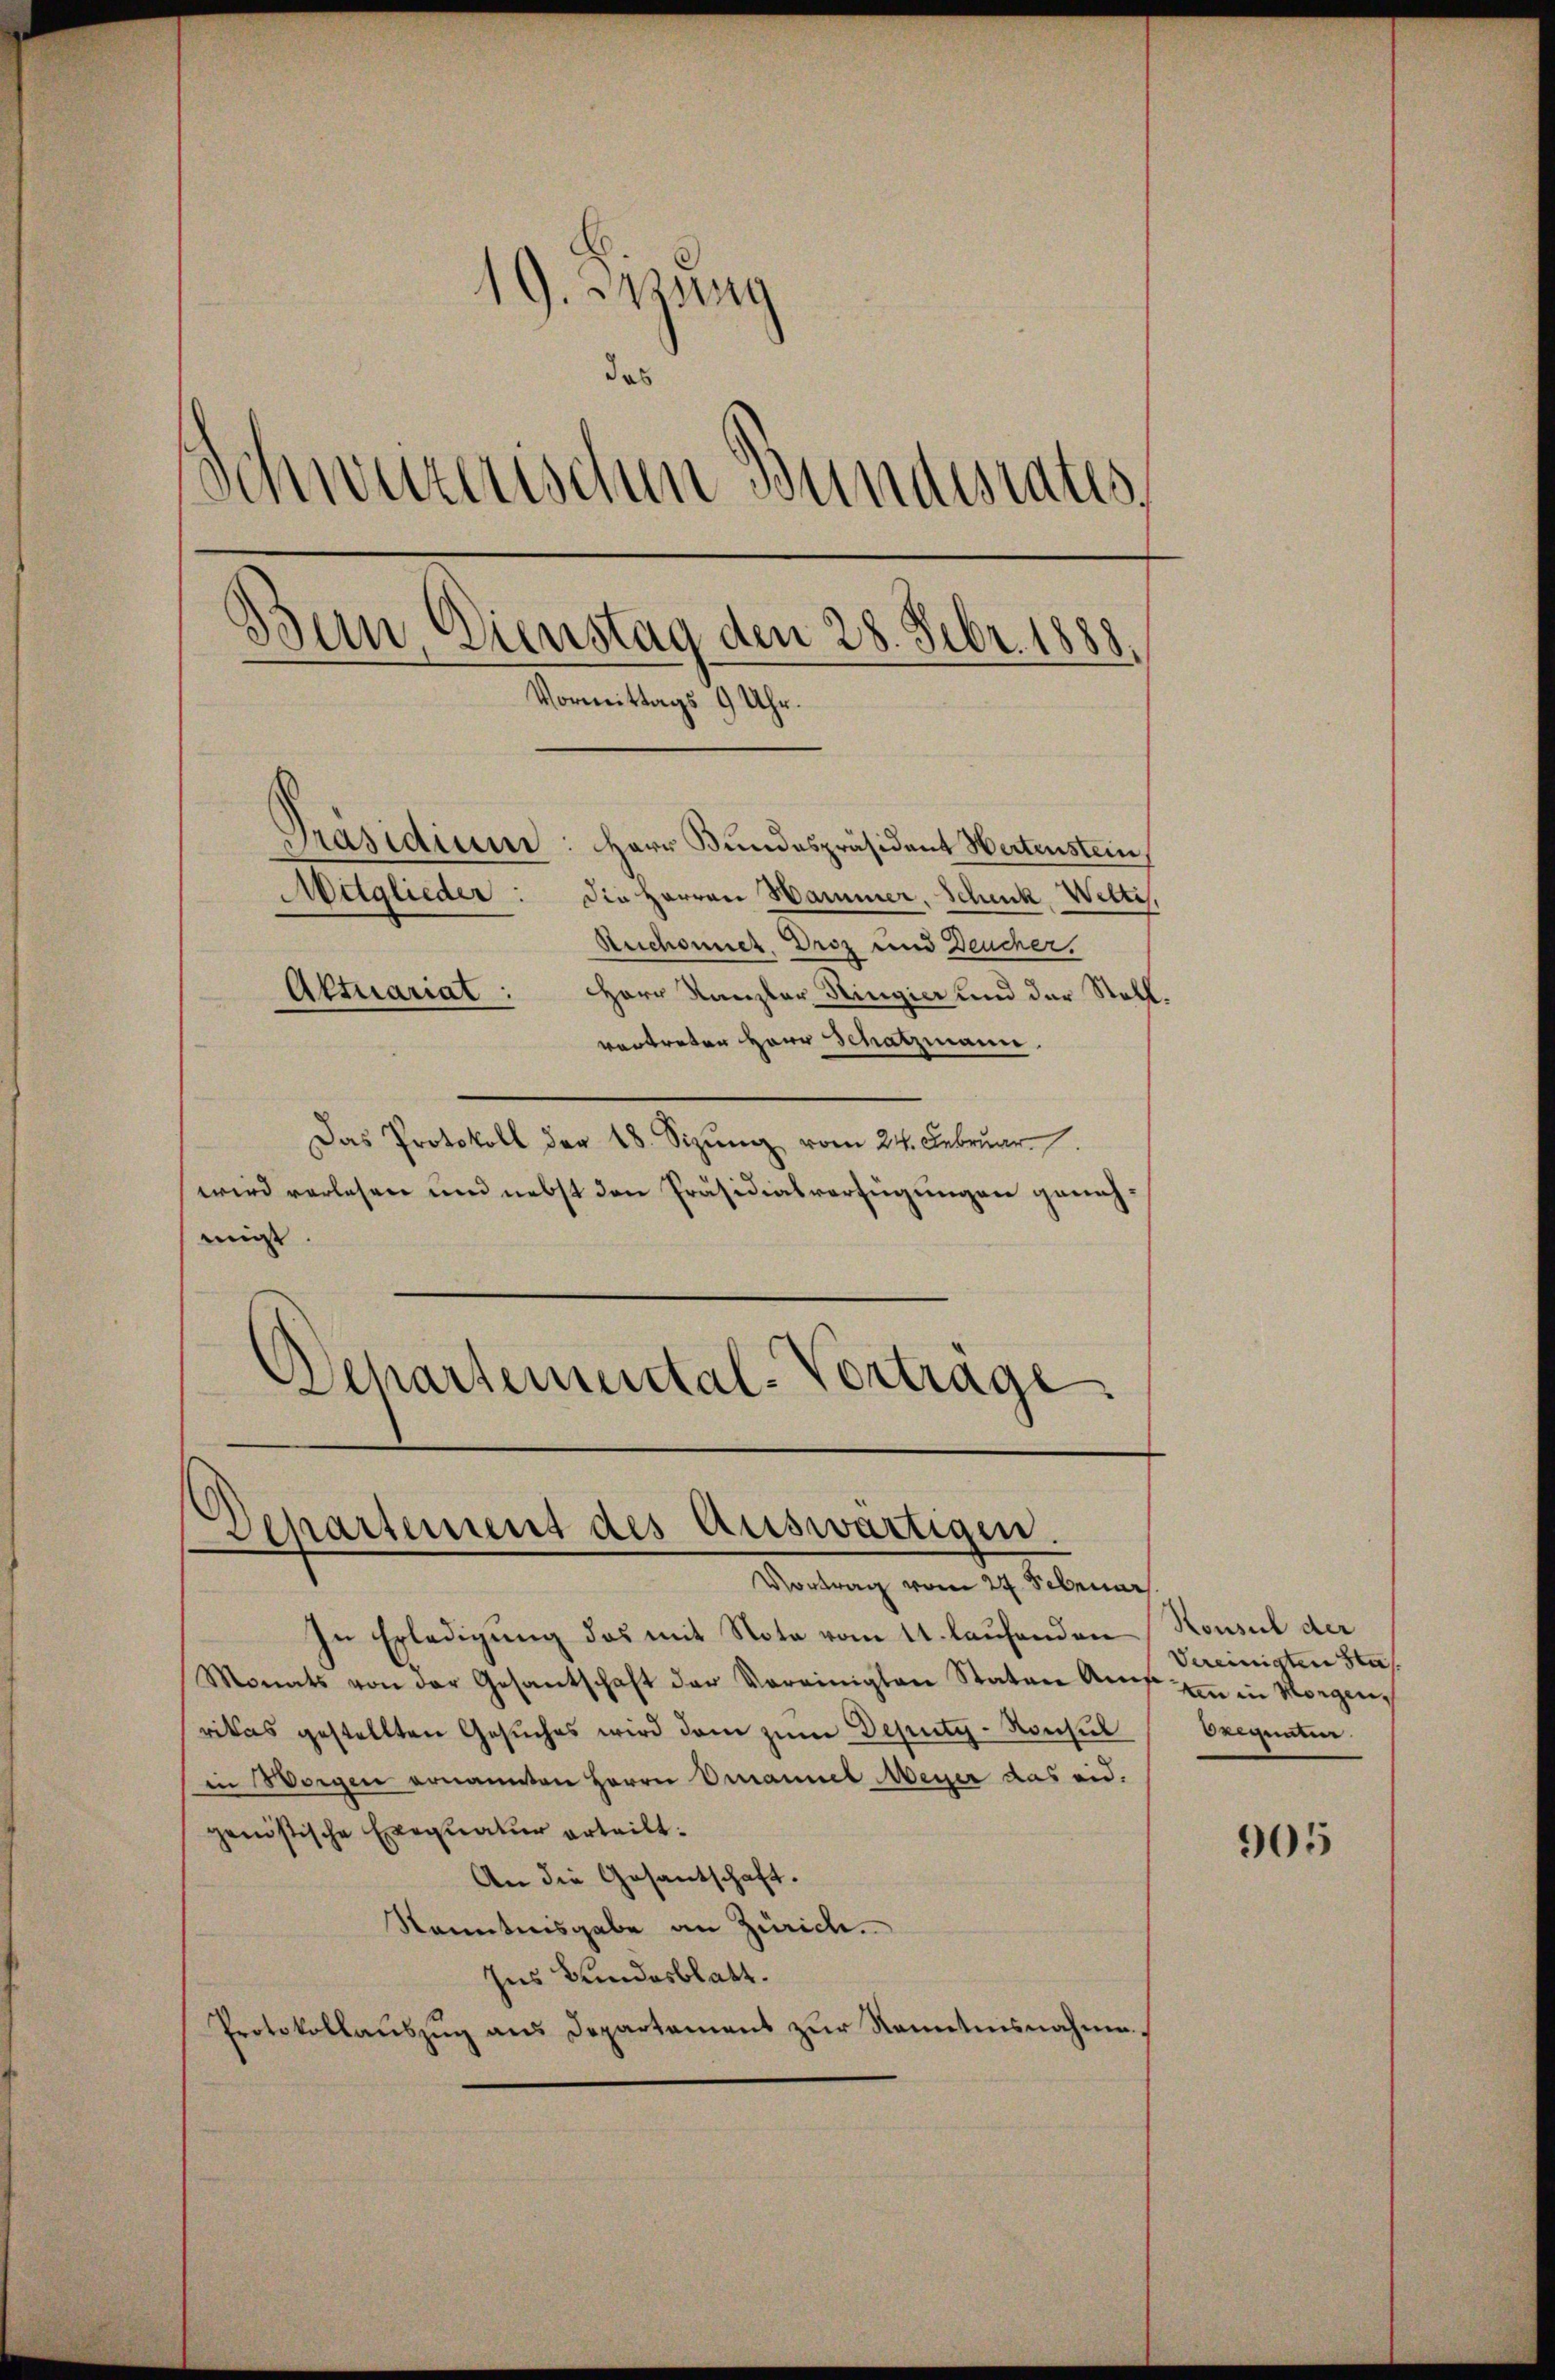
19. Mang
das
Schweizerischen Bundesrates,
Bun, Dienstag den 28. Febr. 1888.
Vormittags 9 Uhr.
Präsidium: Herr Bundespräsident Wertenstein,
Mitglieder: Die Herren Hammer, Schick, Weltis,
Ruchonnet, Droz und Deucher.
Aktuariat:
Herr Kanzler Ringier und der Stellvertreten Herr Schatzmann.

Das Protokoll der 18. Sizŭng vom 24. Febrŭar
wird verlesen und nebst den Präsidialverfügungen genehmirst
Schartemental-Vortrage.

Departement des Auswärtigen.
Vortrag vom 24. Februar

In Erledigung das mit Nota vom 11. laufenden Konsul der
Monats von der Gesantschaft der Vereinigten Staten Amt in in Morgen,
rikas gestellten Gesuches wird dem zum Deputy-Konsul
in Morgen ernannten Herrn Omanuel Meyer das eid.
gonistische Exequatur erteilt.
An die Gesantschaft.
Kenntnisgabe an Zürich.
Ins Bundesblatt.
Protokollauszug aus Departement zur Kenntnisnahme.

Vereinigten Stat
eeigneten.

905